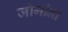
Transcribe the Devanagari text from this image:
जोगांना